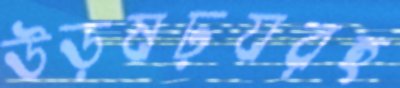
উড়ষঢ়যরহ